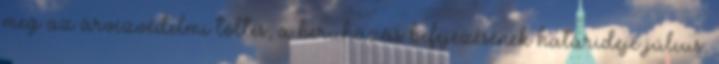
meg az árvízvédelmi töltés, a beruházás befejezésének határideje július.